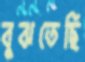
বুঝতেছি